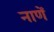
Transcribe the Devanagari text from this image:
नाणें